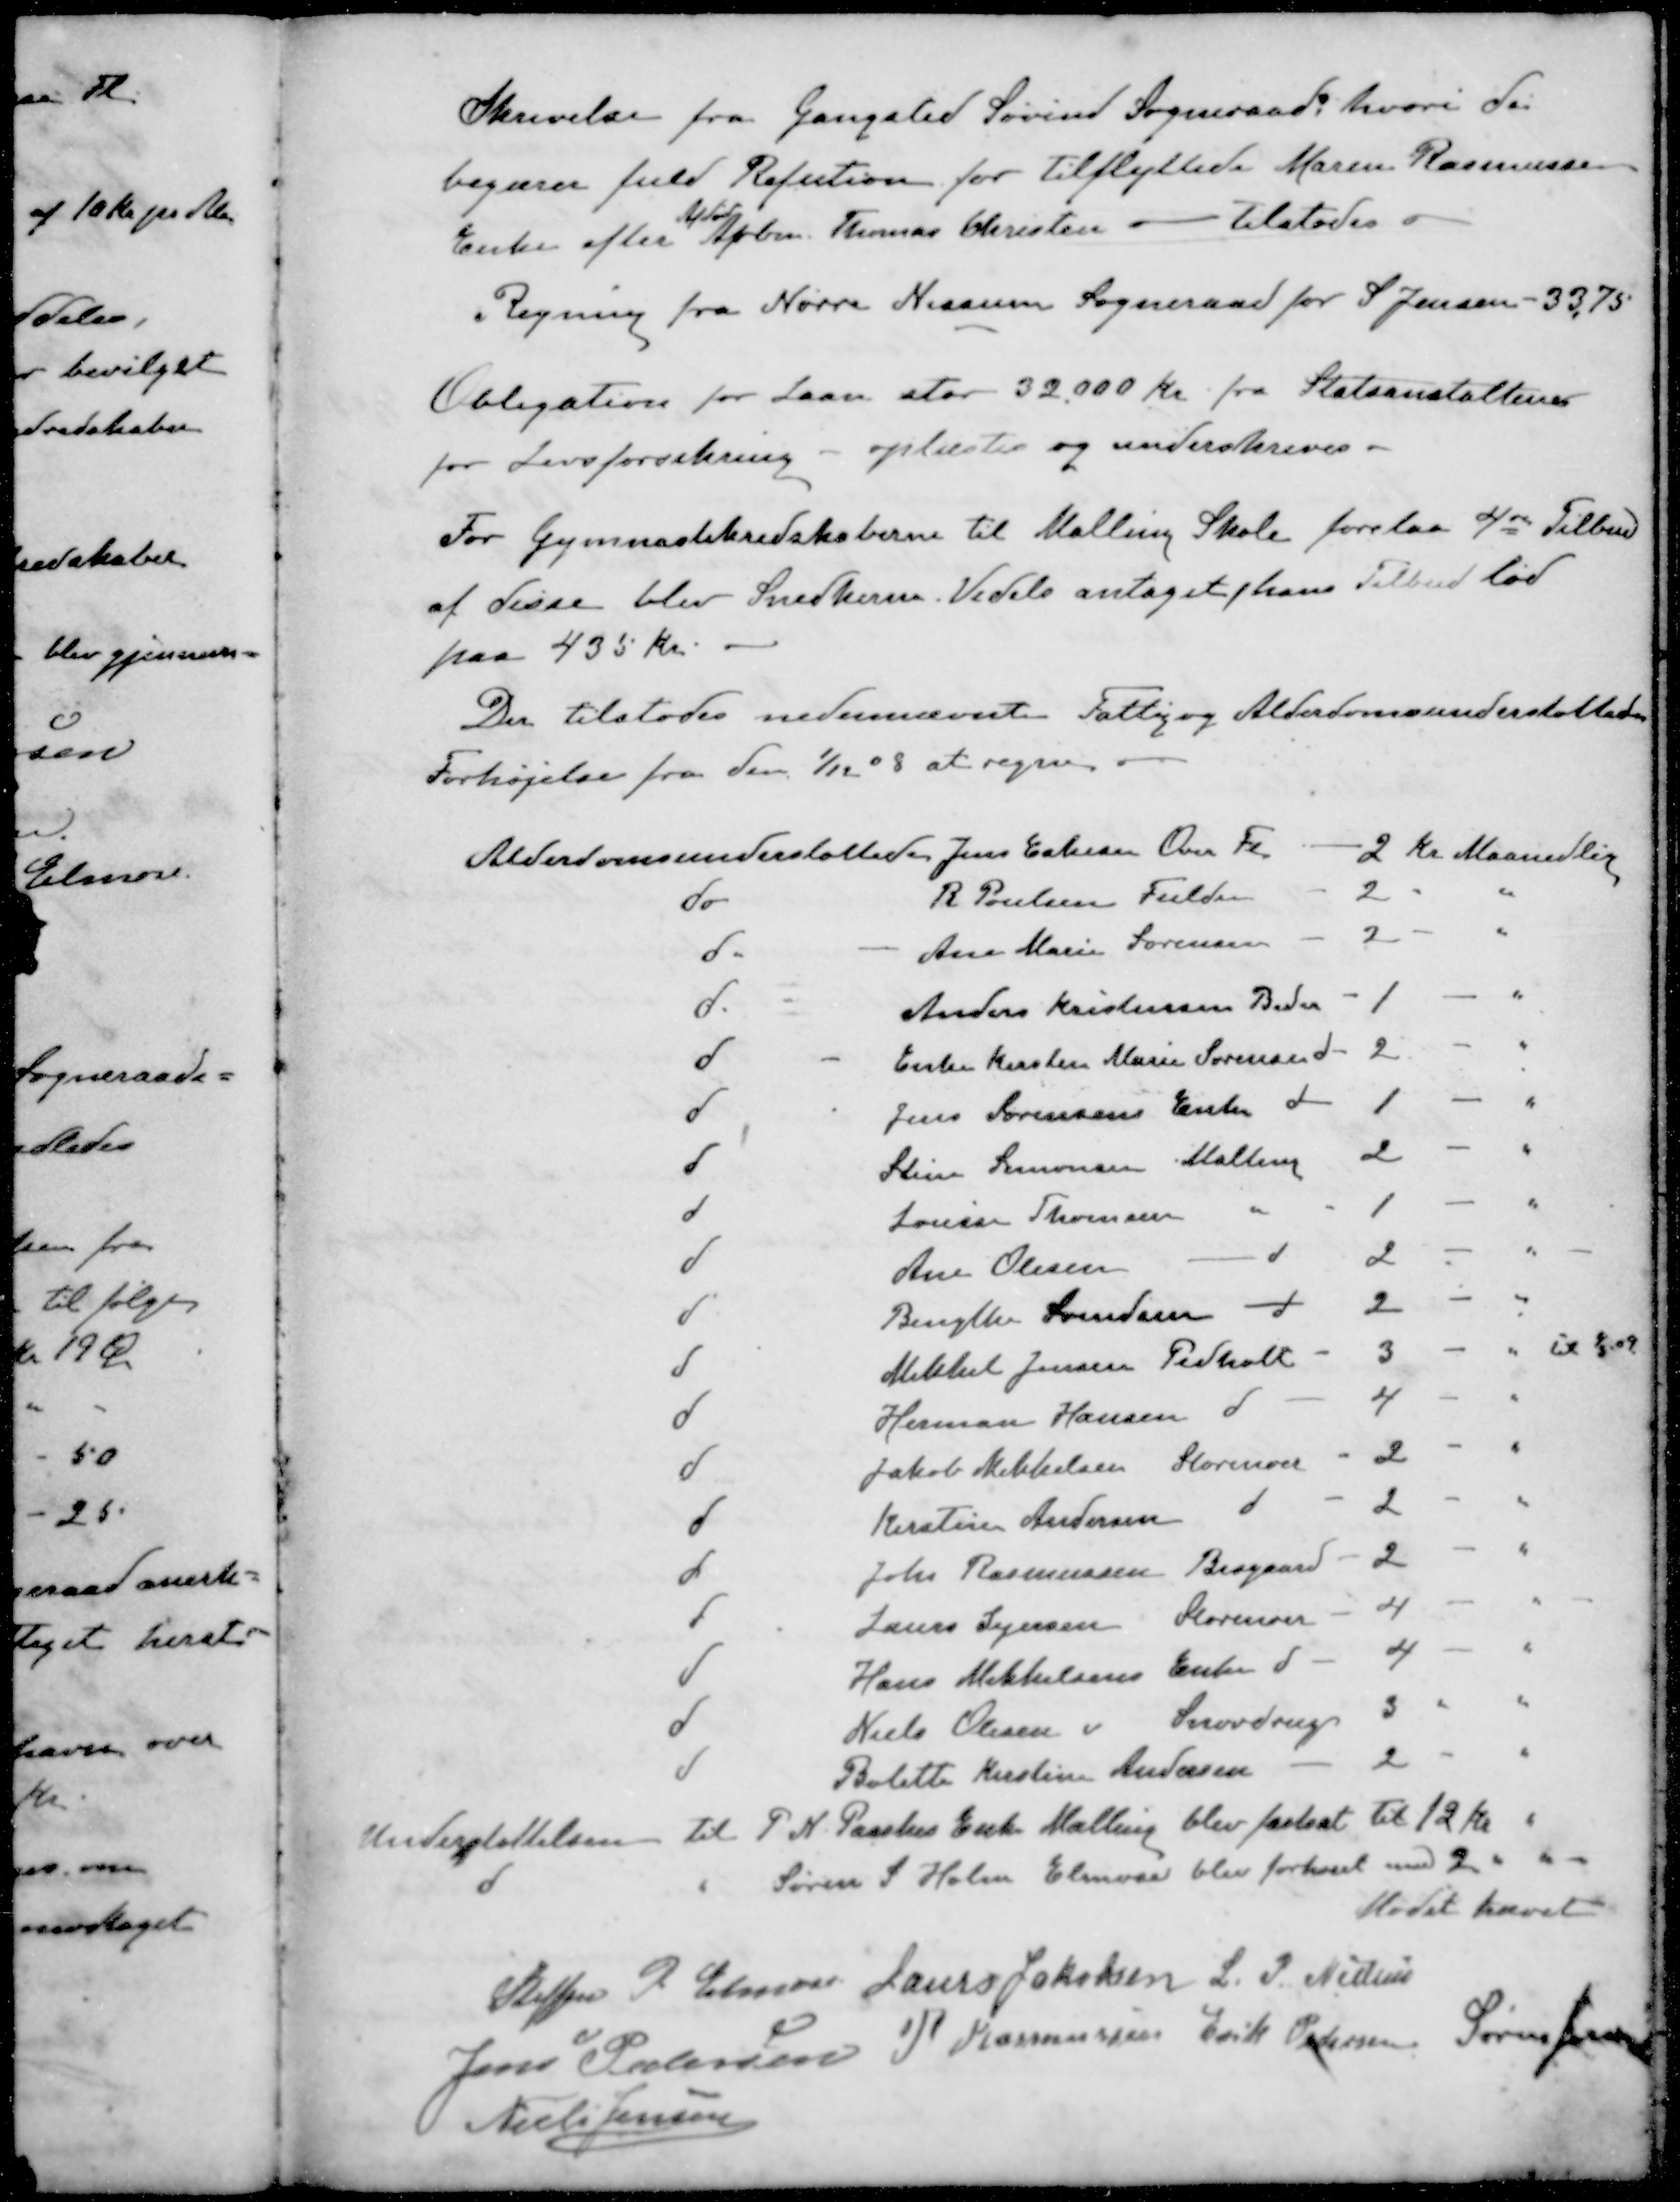
Transskription:
Skrivelse fra Gangsted Søvind Sogneraad hvori de
begærer fuld Refution for tilflyttede Maren Rasmussen
Afdød
Enke efter Arbm. Thomas Christen - tilstodes
Regning fra Nørre Nissum Sogneraad for S Jensen - 33,75
Obligation for Laan stor 32.000 Kr. fra Statsanstaltener
for Livsforsikring - oplæstes og underskreves.
For Gymnastikredskaberne til Malling Skole forelaa 4 Tilbud
af disse blev Snedkerne Vedels antaget hans Tilbud lød
paa 435 Kr.
Der tilstodes nedennævnte Fattig og Alderdomsunderstøttelse
Forhøjelse fra den 1/12 08 at regne.
Alderdomsunderstøttede Jens Eskesen Over Fl
2 Kr Maanedlig
do R. Poulsen Fulden
2 " "
d Ane Marie Sørensen
2 - "
d. Anders Kristensen Beder
1 - "
d - Enke Kirsten Marie Sørensen d
2 - "
d Jens Sørensens Enke d
1 - "
d Stine Simonsen Malling
2 - " 
d Louise Thomsen "
1 - "
d Ane Olesen d
2 - "
d Bengthe Svendsen d
2 - "
d Mikkel Jensen Pedholt
3 - " til 1/3 09
d Herman Hansen d
4 - "
d Jakob Mikkelsen Storenoer
2 - "
d Kirstine Andersen d
2 - "
d Johs Rasmussen Bisgaard
2 - "
d Laurs Sejersen Storenoer
4 - "
d Hans Mikkelsens Enke d
4 - "
d Niels Olesen  Snovdrup
3 " "
d Bolette Kirstine Andersen 
2 " "
Understøttelsen til P. N. Paaskes Enke Malling blev fastsat til 12 kr "
d " Søren S. Holm Elmose blev forhøjet med 2 " "
Mødet hævet
Steffen P. Elmose
Laurs Jakobsen
L. P. Nielsen
Jens Pedersen
P Rasmussen
Erik Pedersen
Søren Jensen
Niels Jensen